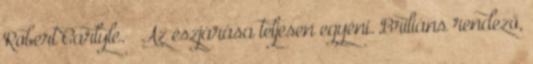
Robert Carlyle. – Az észjárása teljesen egyéni. Briliáns rendező,